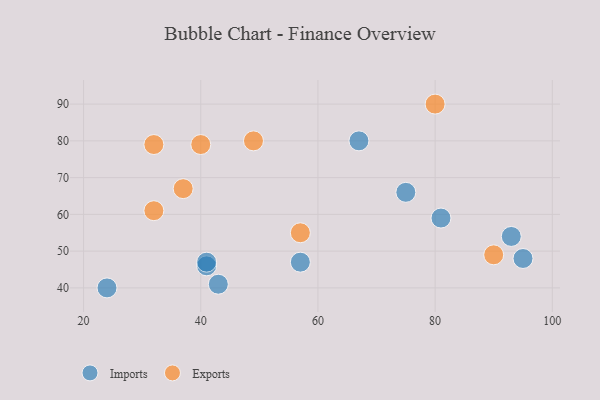
{"axis": {"x": "GDP", "y": "Life Expectancy"}, "legend": ["Exports", "Imports"], "data": [{"x": "93", "y": 54, "type": "Imports"}, {"x": "57", "y": 47, "type": "Imports"}, {"x": "43", "y": 41, "type": "Imports"}, {"x": "24", "y": 40, "type": "Imports"}, {"x": "67", "y": 80, "type": "Imports"}, {"x": "81", "y": 59, "type": "Imports"}, {"x": "41", "y": 46, "type": "Imports"}, {"x": "41", "y": 47, "type": "Imports"}, {"x": "95", "y": 48, "type": "Imports"}, {"x": "75", "y": 66, "type": "Imports"}, {"x": "90", "y": 49, "type": "Exports"}, {"x": "32", "y": 61, "type": "Exports"}, {"x": "57", "y": 55, "type": "Exports"}, {"x": "80", "y": 90, "type": "Exports"}, {"x": "37", "y": 67, "type": "Exports"}, {"x": "40", "y": 79, "type": "Exports"}, {"x": "32", "y": 79, "type": "Exports"}, {"x": "49", "y": 80, "type": "Exports"}]}